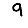
Digit: 9